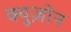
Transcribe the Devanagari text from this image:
क्युज़ोन